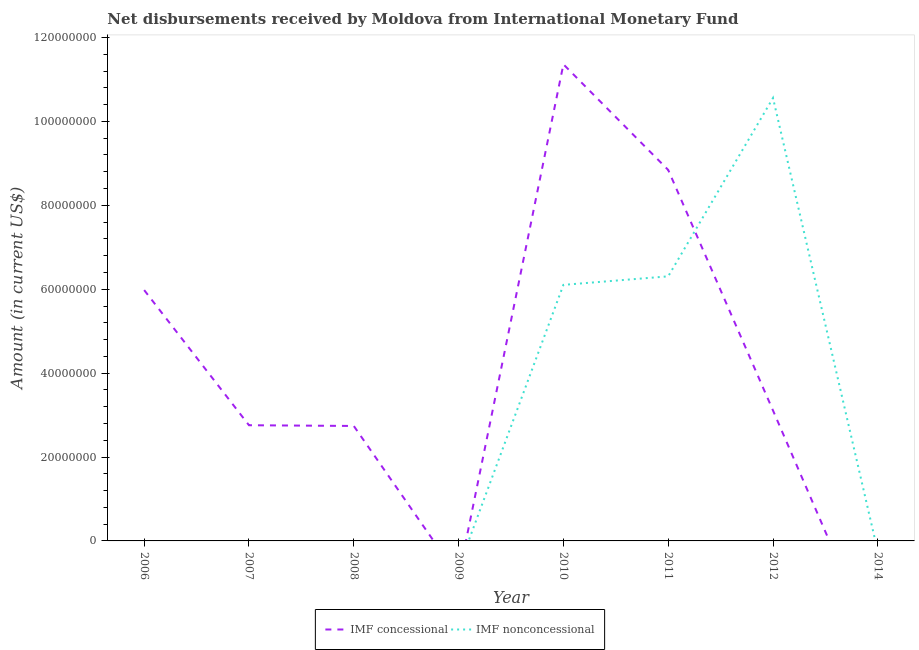
| Year | IMF concessional | IMF nonconcessional |
 | --- | --- | --- |
 | 2006 | 5.98e+07 | -2.01e+07 |
 | 2007 | 2.76e+07 | -1.66e+07 |
 | 2008 | 2.74e+07 | -1.65e+07 |
 | 2009 | -8.55e+06 | -6.43e+06 |
 | 2010 | 1.14e+08 | 6.1e+07 |
 | 2011 | 8.84e+07 | 6.31e+07 |
 | 2012 | 3.11e+07 | 1.06e+08 |
 | 2014 | -2.67e+07 | -2.53e+06 |